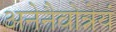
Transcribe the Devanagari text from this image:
अनेनैवोन्नेयं